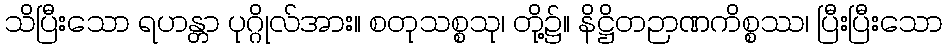
သိပြီးသော ရဟန္တာ ပုဂ္ဂိုလ်အား။ စတုသစ္စသု၊ တို့၌။ နိဋ္ဌိတဉာဏကိစ္စဿ၊ ပြီးပြီးသော